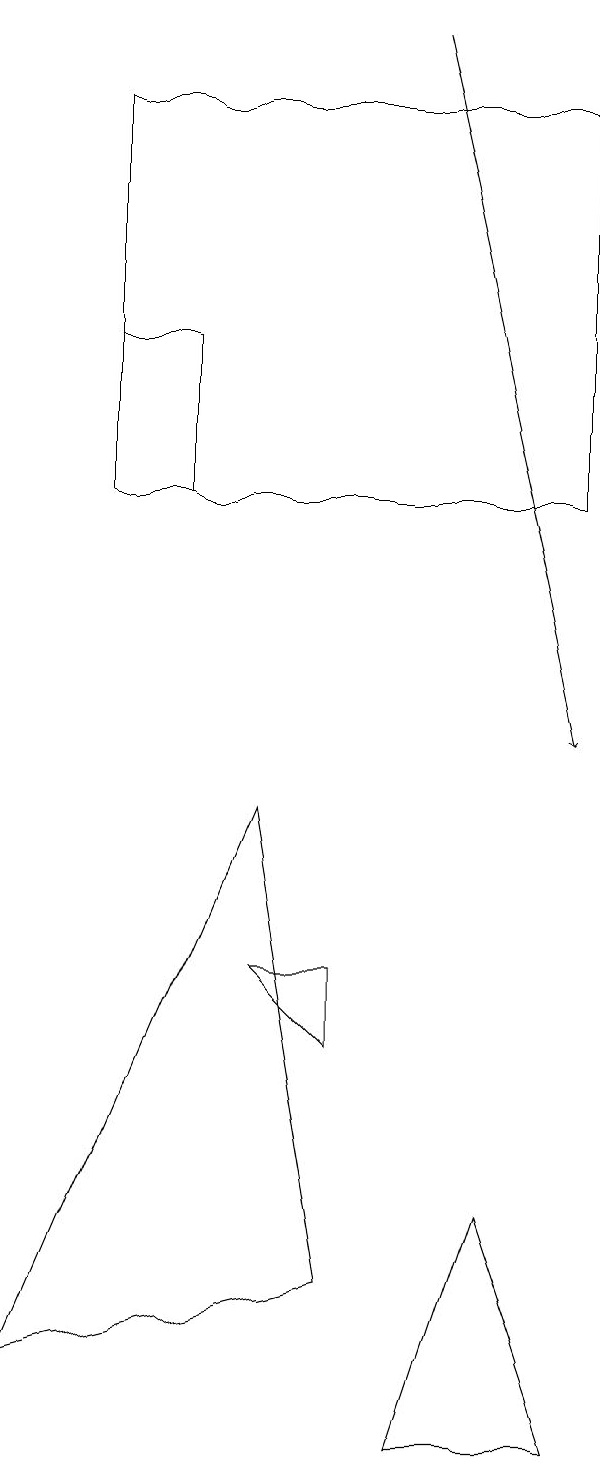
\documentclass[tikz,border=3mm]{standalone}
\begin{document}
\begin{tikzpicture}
\draw (4,7) -- (4,6) -- (3,7) -- cycle;
\draw (3,9) -- (0,2) -- (4,3) -- cycle;
\draw (7,1) -- (5,1) -- (6,4) -- cycle;
\draw[->] (5,19) -- (7,10);
\draw (7,18) rectangle (1,13);
\draw (1,13) rectangle (2,15);
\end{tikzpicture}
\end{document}